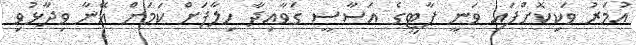
އުމަރު ވަކިކޮށްފައި ވަނީ ޕާޓީގެ އަސާސީ ގަވާއިދާ ހިލާފަށް ކަމަށް އޭނާ ވިދާޅުވި